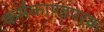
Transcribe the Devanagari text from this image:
कर्मकाण्डपरक